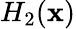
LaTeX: H_{2}(\mathbf{x})